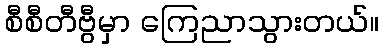
စီစီတီဗွီမှာ ကြေညာသွားတယ်။